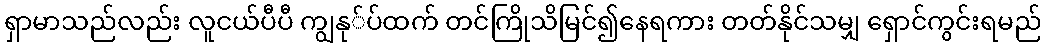
ရှာမာသည်လည်း လူငယ်ပီပီ ကျွနု်ပ်ထက် တင်ကြိုသိမြင်၍နေရကား တတ်နိုင်သမျှ ရှောင်ကွင်းရမည်